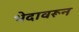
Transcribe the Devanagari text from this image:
भेदावरून